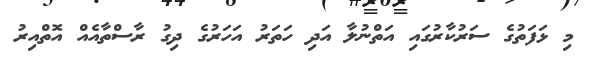
މި ޅަފަތުގެ ސަރުކާރުގައި އަތްނުލާ އަދި ހަތަރު އަހަރުގެ ދިގު ރާސްތާއެއް އޮތްއިރު